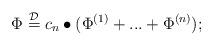
LaTeX: \begin{align*} \Phi \stackrel{\mathcal{D}}= c_n\bullet (\Phi^{(1)}+...+\Phi^{(n)}); \end{align*}